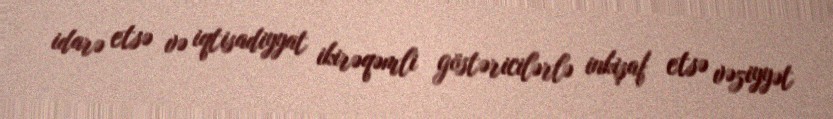
idarə etsə və iqtisadiyyat ikirəqəmli göstəricilərlə inkişaf etsə vəziyyət